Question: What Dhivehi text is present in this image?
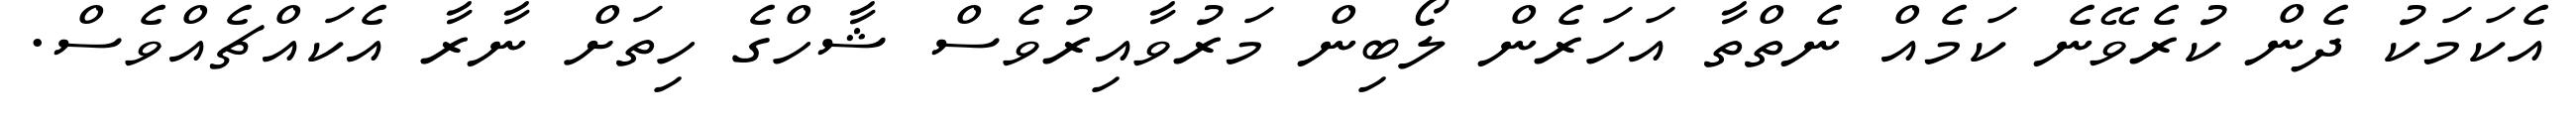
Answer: އެކަމަކު ދެން ކުރެވޭނެ ކަމެއް ނެތްތާ އަހަރެން ލޯބިން މަރުވާއިރުވެސް ޝާހްގެ ހިތަށް ނާރާ އެކައްޗެއްވެސް.